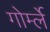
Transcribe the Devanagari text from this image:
गोर्म्ले